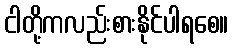
ငါတို့ကလည်းစားနိုင်ပါရစေ။